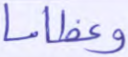
وعظاما